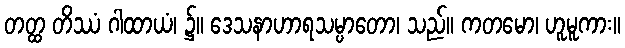
တတ္ထ တိဿံ ဂါထာယံ၊ ၌။ ဒေသနာဟာရသမ္ပာတော၊ သည်။ ကတမော၊ ဟူမူကား။